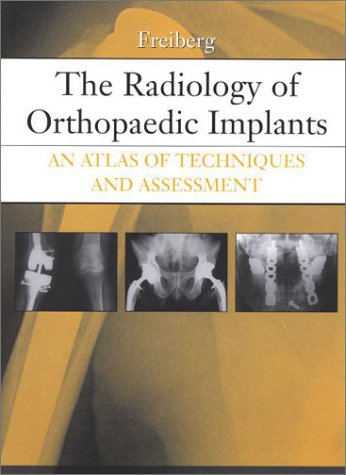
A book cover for The Radiology of Orthopaedic Implants: An Atlas of Techniques and Assessment, 1e; Andrew A. Freiberg MD; Medical Books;